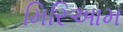
મિરિઆમ